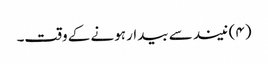
(۴) نیند سے بیدار ہونے کے وقت۔